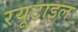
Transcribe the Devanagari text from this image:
रयूटाइल